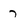
Character: 7